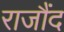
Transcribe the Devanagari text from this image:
राजौंद